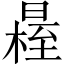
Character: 𣉴